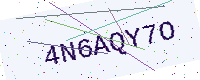
Text: 4N6AQY7O